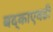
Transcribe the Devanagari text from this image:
बद्काएवढी